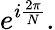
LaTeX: e^{i{\frac{2\pi}{N}}}.